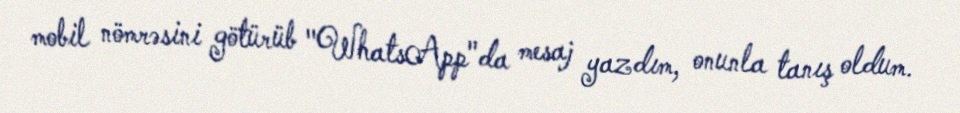
mobil nömrəsini götürüb "WhatsApp"da mesaj yazdım, onunla tanış oldum.